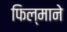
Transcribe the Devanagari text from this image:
फिल्‍माने